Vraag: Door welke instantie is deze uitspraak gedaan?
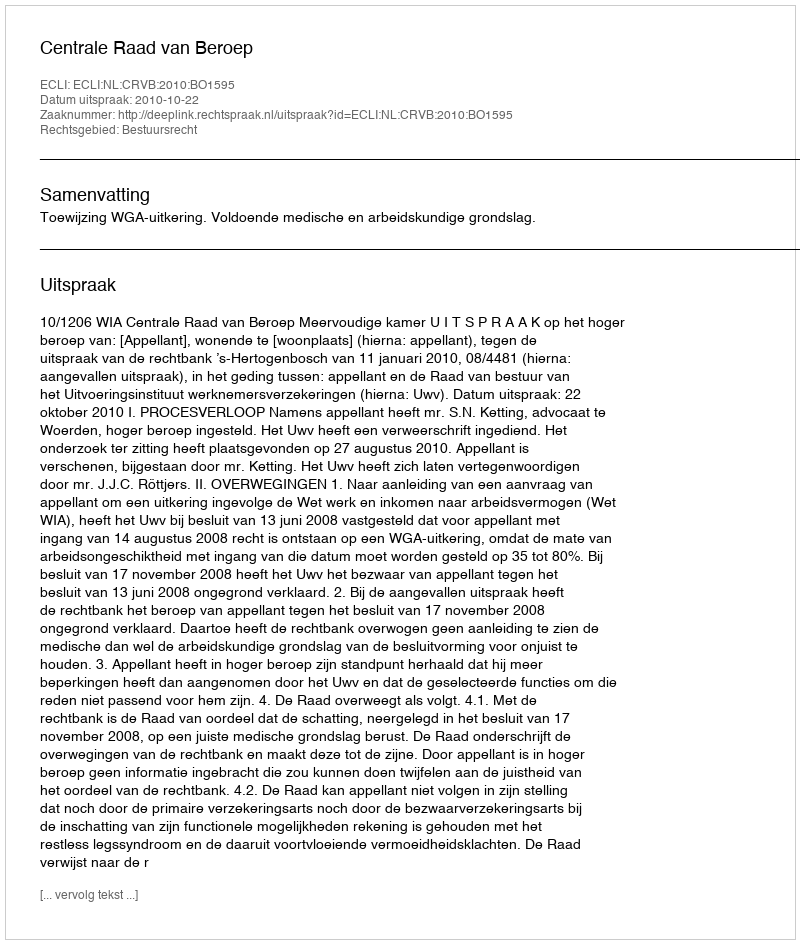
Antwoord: Centrale Raad van Beroep